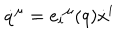
\dot { q } ^ { \mu } = e _ { i } { } ^ { \mu } ( q ) \dot { x } ^ { i }